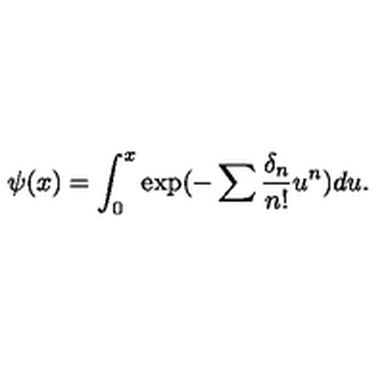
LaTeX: \psi ( x ) = \int _ { 0 } ^ { x } \exp ( - \sum \frac { \delta _ { n } } { n ! } u ^ { n } ) d u .